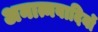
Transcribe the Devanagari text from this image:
अनात्मवादियों